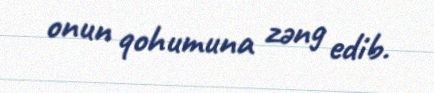
onun qohumuna zəng edib.